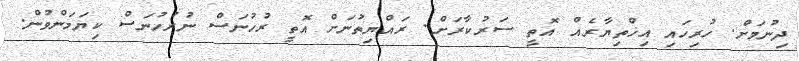
ދިނުމަށް. ހުރިހައި އިޚްތިޔާރެއް އޮތީ ސަރުކާރަށް. ރައްޔިތުނަށް އޮތީ ރުހުނަސް ނުރުހުނަސް ކިޔަމަންވުން.